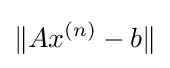
\|Ax^{(n)}-b\|